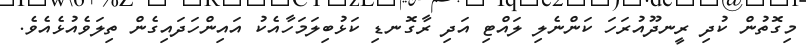
މިގޮތުން ކުދި ރީނދޫއުރަހަ ކަންނެލި ލައްޓި އަދި ރާގޮނޑި ކަޅުބިލަމަހާއެކު އައިންހަދައިގެން ތިލަވެއުޅެއެވެ.